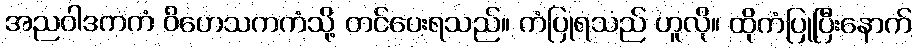
အညဝါဒကကံ ဝိဟေသကကံသို့ တင်ပေးရသည်။ ကံပြုရသည် ဟူလို။ ထိုကံပြုပြီးနောက်